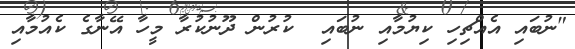
"ނުބައި އެއްޗިހި ކިޔުމާއި ނުބައި  ކުރުން ދޫނުކުރާ މީހާ އޭނާގެ ކެއުމާއި